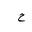
Letter: _ha